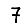
Digit: 7